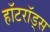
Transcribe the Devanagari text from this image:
हॉटरॉड्स